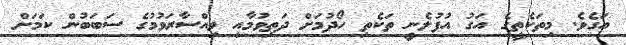
އަގެވެ. މިތަކެތީގެ އަގު އުފުލެނީ ތަކެތި ހޯދުމަށް ދަތިވުމާއި ވިއްސާރަވުމުގެ ސަބަބުން ކަމަށް